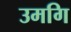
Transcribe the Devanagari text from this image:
उमगि